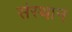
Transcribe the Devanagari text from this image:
संस्थान